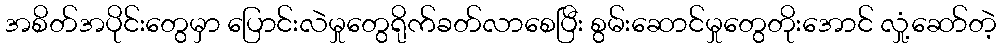
အစိတ်အပိုင်းတွေမှာ ပြောင်းလဲမှုတွေရိုက်ခတ်လာစေပြီး စွမ်းဆောင်မှုတွေတိုးအောင် လှုံ့ဆော်တဲ့